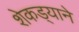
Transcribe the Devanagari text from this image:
शेकड्याने